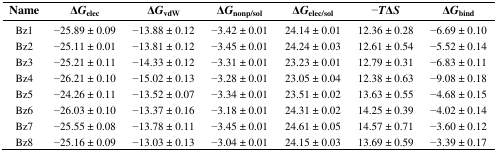
| Name | ΔGelec | ΔGvdW | ΔGnonp/sol | ΔGelec/sol | −TΔS | ΔGbind |
 | --- | --- | --- | --- | --- | --- | --- |
 | Bz1 | −25.89 ± 0.09 | −13.88 ± 0.12 | −3.42 ± 0.01 | 24.14 ± 0.01 | 12.36 ± 0.28 | −6.69 ± 0.10 |
 | Bz2 | −25.11 ± 0.01 | −13.81 ± 0.12 | −3.45 ± 0.01 | 24.24 ± 0.03 | 12.61 ± 0.54 | −5.52 ± 0.14 |
 | Bz3 | −25.21 ± 0.11 | −14.33 ± 0.12 | −3.31 ± 0.01 | 23.23 ± 0.01 | 12.79 ± 0.31 | −6.83 ± 0.11 |
 | Bz4 | −26.21 ± 0.10 | −15.02 ± 0.13 | −3.28 ± 0.01 | 23.05 ± 0.04 | 12.38 ± 0.63 | −9.08 ± 0.18 |
 | Bz5 | −24.26 ± 0.11 | −13.52 ± 0.07 | −3.34 ± 0.01 | 23.51 ± 0.02 | 13.63 ± 0.55 | −4.68 ± 0.15 |
 | Bz6 | −26.03 ± 0.10 | −13.37 ± 0.16 | −3.18 ± 0.01 | 24.31 ± 0.02 | 14.25 ± 0.39 | −4.02 ± 0.14 |
 | Bz7 | −25.55 ± 0.08 | −13.78 ± 0.11 | −3.45 ± 0.01 | 24.61 ± 0.05 | 14.57 ± 0.71 | −3.60 ± 0.12 |
 | Bz8 | −25.16 ± 0.09 | −13.03 ± 0.13 | −3.04 ± 0.01 | 24.15 ± 0.03 | 13.69 ± 0.59 | −3.39 ± 0.17 |